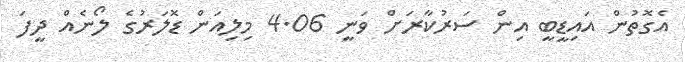
އެގޮތުން އައިޑީބީ އިން ސަރުކާރަށް ވަނީ 4.06 މިލިއަން ޑޮލަރުގެ ލޯނެއް ދީފަ